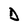
Character: D